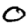
Digit: 0